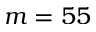
m = 5 5